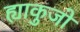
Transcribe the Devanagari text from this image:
ह्याकुजो